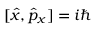
[ \hat { x } , \hat { p } _ { x } ] = i \hbar